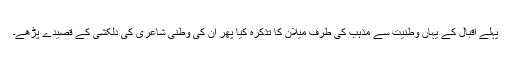
پہلے اقبال کے یہاں وطنیت سے مذہب کی طرف میلان کا تذکرہ کیا پھر ان کی وطنی شاعری کی دلکشی کے قصیدے پڑھے۔